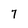
Character: 7